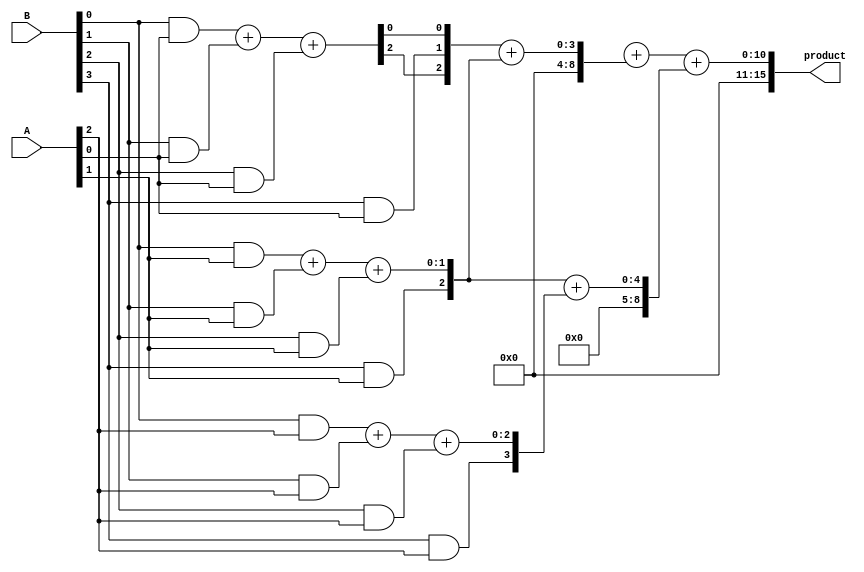
module radix4_wallace_multiplier #(parameter n = 8) (
    input [n-1:0] A,
    input [n-1:0] B,
    output reg [2*n-1:0] product
);

    // Intermediate signals for partial products
    wire [n-1:0] pp [0:3]; // Partial products (4 groups)
    wire [n:0] sum1 [0:n-1]; // First stage sums
    wire [n:0] sum2 [0:n-1]; // Second stage sums
    wire [n:0] final_sum; // Final sum output

    // Generate partial products based on B
    generate
        genvar i, j;
        for (i = 0; i < n; i = i + 1) begin
            assign pp[0][i] = (B[0] & A[i]); // B[0] = 0, 1
            assign pp[1][i] = (B[1] & A[i]); // B[1] = 0, 1
            assign pp[2][i] = (B[2] & A[i]); // B[2] = 0, 1
            assign pp[3][i] = (B[3] & A[i]); // B[3] = 0, 1
        end
    endgenerate

    // Wallace Tree Stage 1: Compressing Partial Products
    generate
        for (j = 0; j < n; j = j + 1) begin
            // Half adder and full adder structure
            assign sum1[j] = pp[0][j] + pp[1][j] + pp[2][j];
            assign sum1[j][j+1] = pp[3][j]; // Carry from third partial product
        end
    endgenerate

    // Wallace Tree Stage 2: Further Compressing the Sums
    generate
        for (j = 0; j < n; j = j + 1) begin
            assign sum2[j] = sum1[j] + sum1[j+1]; // Add adjacent sums
        end
    endgenerate

    // Final Addition Stage
    always @(*) begin
        product = final_sum + sum2[0] + sum2[1]; // Final sum of the last two sums
    end

endmodule